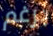
برغم